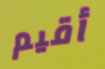
أقيم